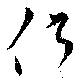
側